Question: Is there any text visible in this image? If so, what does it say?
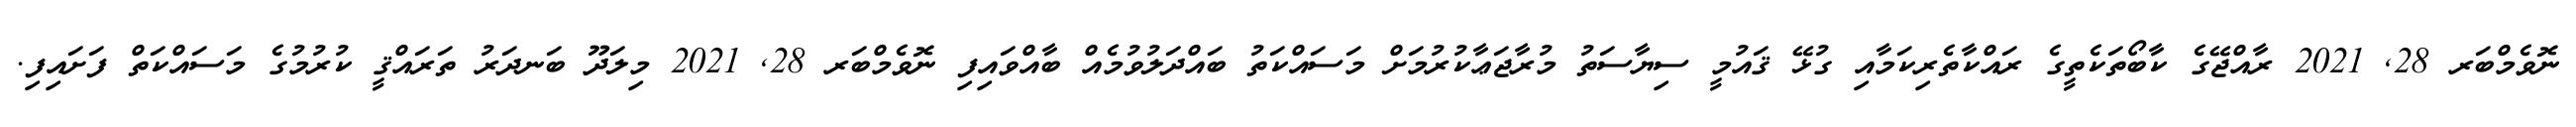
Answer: ނޮވެމްބަރ 28, 2021 ރާއްޖޭގެ ކާބޯތަކެތީގެ ރައްކާތެރިކަމާއި ގުޅޭ ޤައުމީ ސިޔާސަތު މުރާޖަޢާކުރުމަށް މަސައްކަތު ބައްދަލުވުމެއް ބާއްވައިފި ނޮވެމްބަރ 28, 2021 މިލަދޫ ބަނދަރު ތަރައްޤީ ކުރުމުގެ މަސައްކަތް ފަށައިފި.